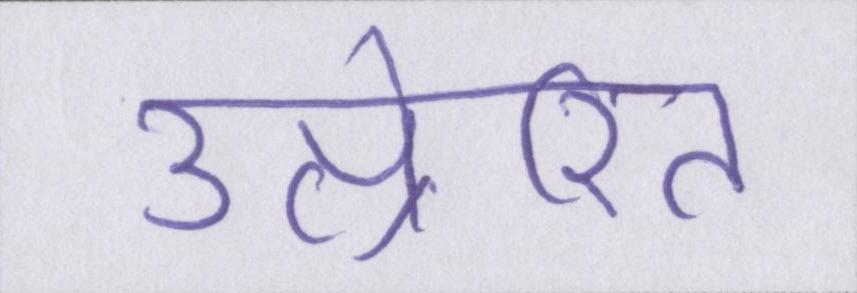
उत्प्रेरित